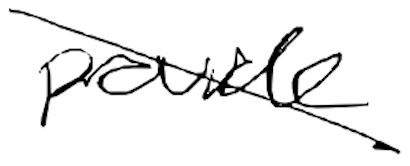
Text: provide
Cross-out: diagonal
Writing tool: digital_black